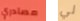
مصادري لي